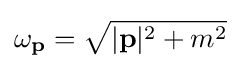
\omega _{\mathbf {p} }={\sqrt {|\mathbf {p} |^{2}+m^{2}}}